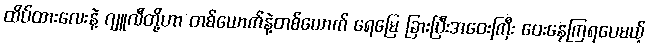
ထိပ်ထားလေးနဲ့ ဂျူလီတို့ဟာ တစ်ယောက်နဲ့တစ်ယောက် ရေမြေ ခြားပြီးအဝေးကြီး ဝေးနေကြရပေမယ့်